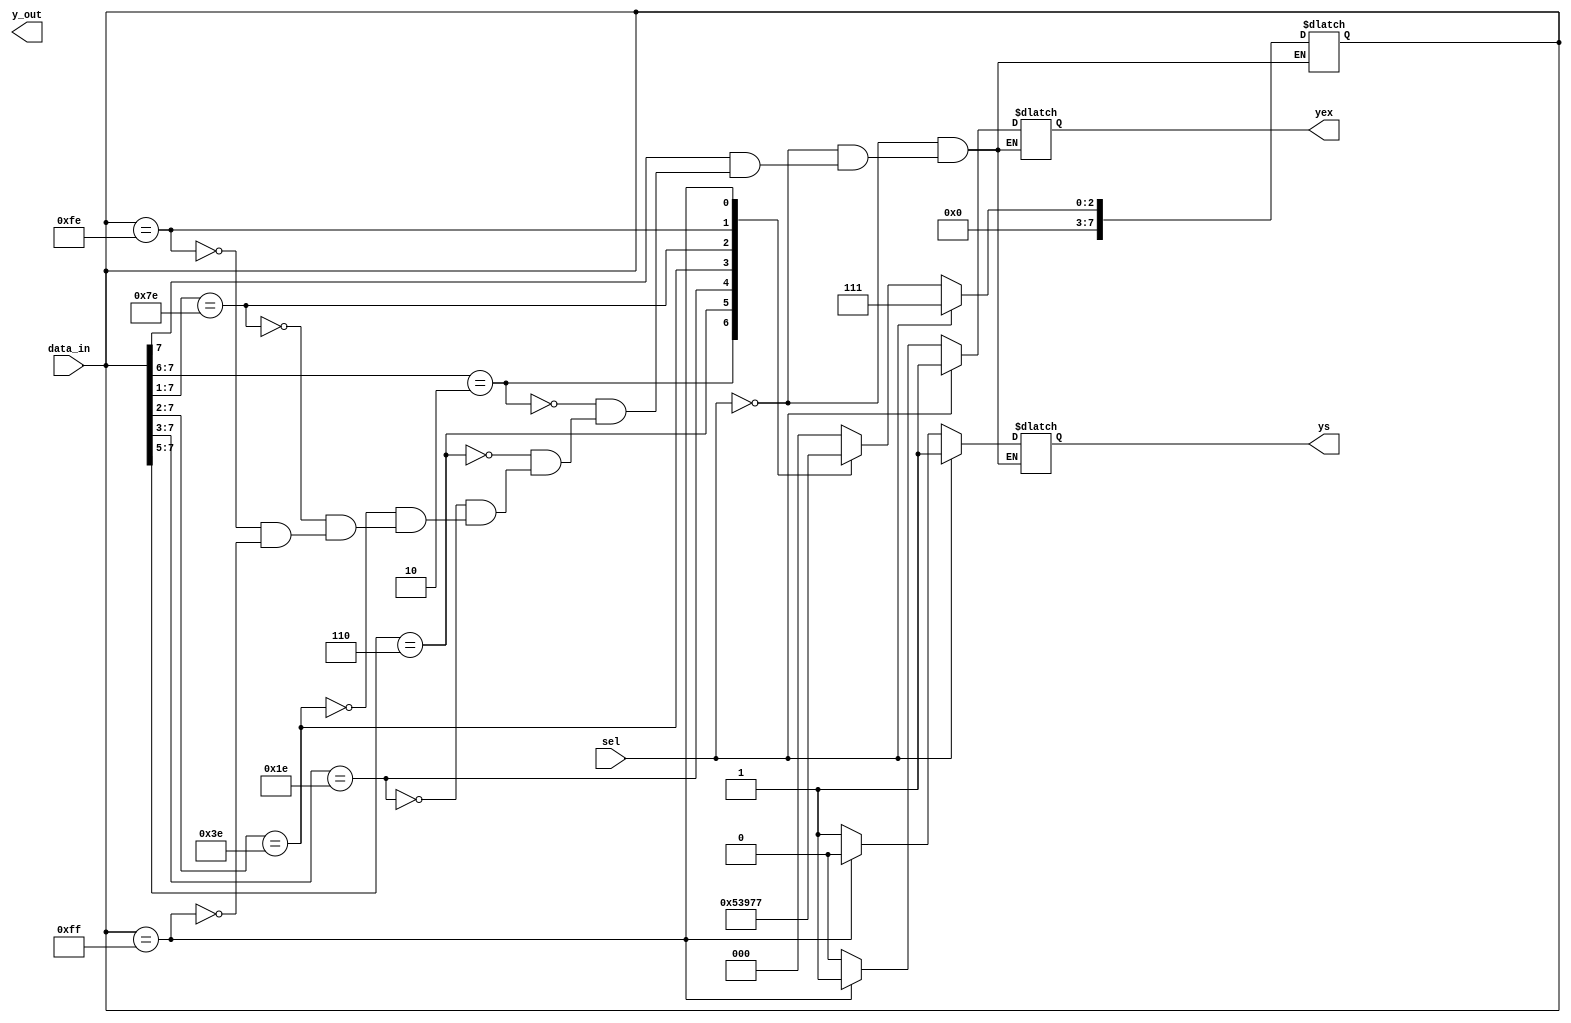
module mux8to3(data_in,sel,y_out,ys,yex);
	output	[2:0]y_out;
	output	ys,yex;
	input	[7:0]data_in;
	input	sel;
	reg	[2:0] y_out;
	reg	ys,yex;
	always @(data_in or sel)
		if(sel) 
			{data_in,ys,yex} = {3'b111,1'b1,1'b1}; //当s端=0的时候电路处于正常工作状态。
		else 
			begin
				casex(data_in) //casex是允许识别X未确认状态的case语句
				8'b0???????:{data_in,ys,yex} = {3'b000,1'b1,1'b0};//问号操作符无视01
				8'b10??????:{data_in,ys,yex} = {3'b001,1'b1,1'b0}; 
				8'b110?????:{data_in,ys,yex} = {3'b010,1'b1,1'b0}; 
				8'b11110???:{data_in,ys,yex} = {3'b011,1'b1,1'b0}; 
				8'b111110??:{data_in,ys,yex} = {3'b100,1'b1,1'b0}; 
				8'b1111110?:{data_in,ys,yex} = {3'b101,1'b1,1'b0}; 
				8'b11111110:{data_in,ys,yex} = {3'b110,1'b1,1'b0}; 
				8'b11111111:{data_in,ys,yex} = {3'b111,1'b0,1'b1}; //相对完整不需要default
				//yex,ys的改变是用来区分与非正常工作状态的不同
				endcase
			end
endmodule